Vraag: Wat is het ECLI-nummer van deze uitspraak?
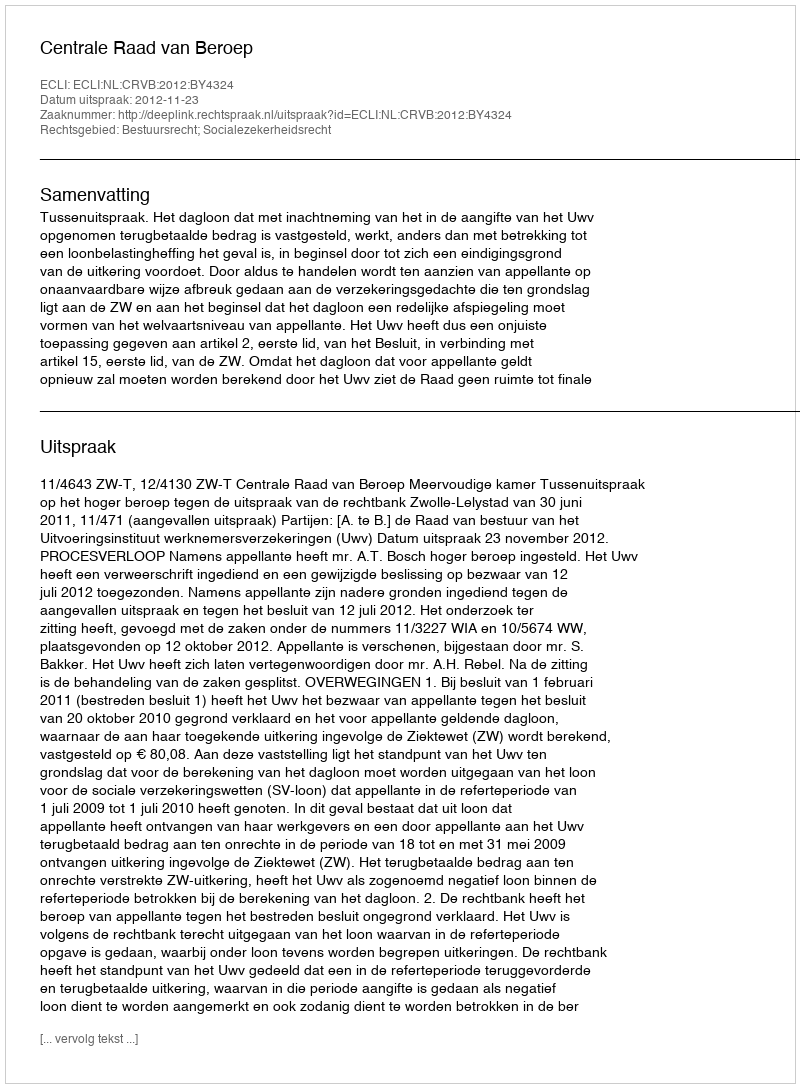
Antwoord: ECLI:NL:CRVB:2012:BY4324